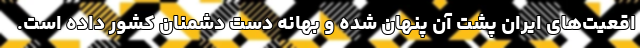
اقعیت‌های ایران پشت آن پنهان شده و بهانه دست دشمنان کشور داده است.